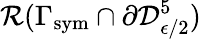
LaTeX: \mathcal{R}(\Gamma_{\mathrm{sym}}\cap\partial\mathcal{D}_{\epsilon/2}^{5})